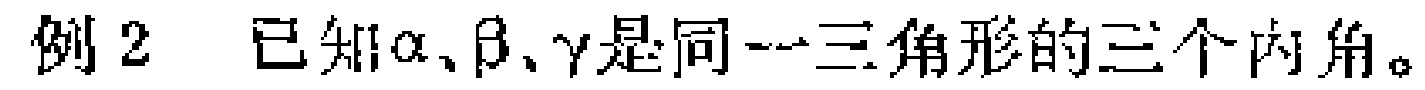
例2 已知\(\alpha、\beta、\gamma\)是同一三角形的三个内角。